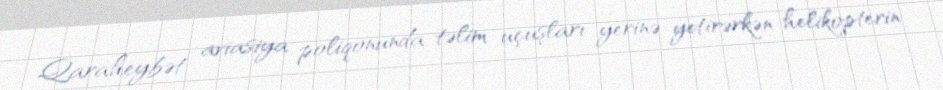
Qaraheybət aviasiya poliqonunda təlim uçuşları yerinə yetirərkən helikopterin